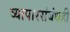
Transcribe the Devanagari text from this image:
व्यापारसंबंधही